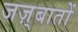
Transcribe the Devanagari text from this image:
जज़्बातों